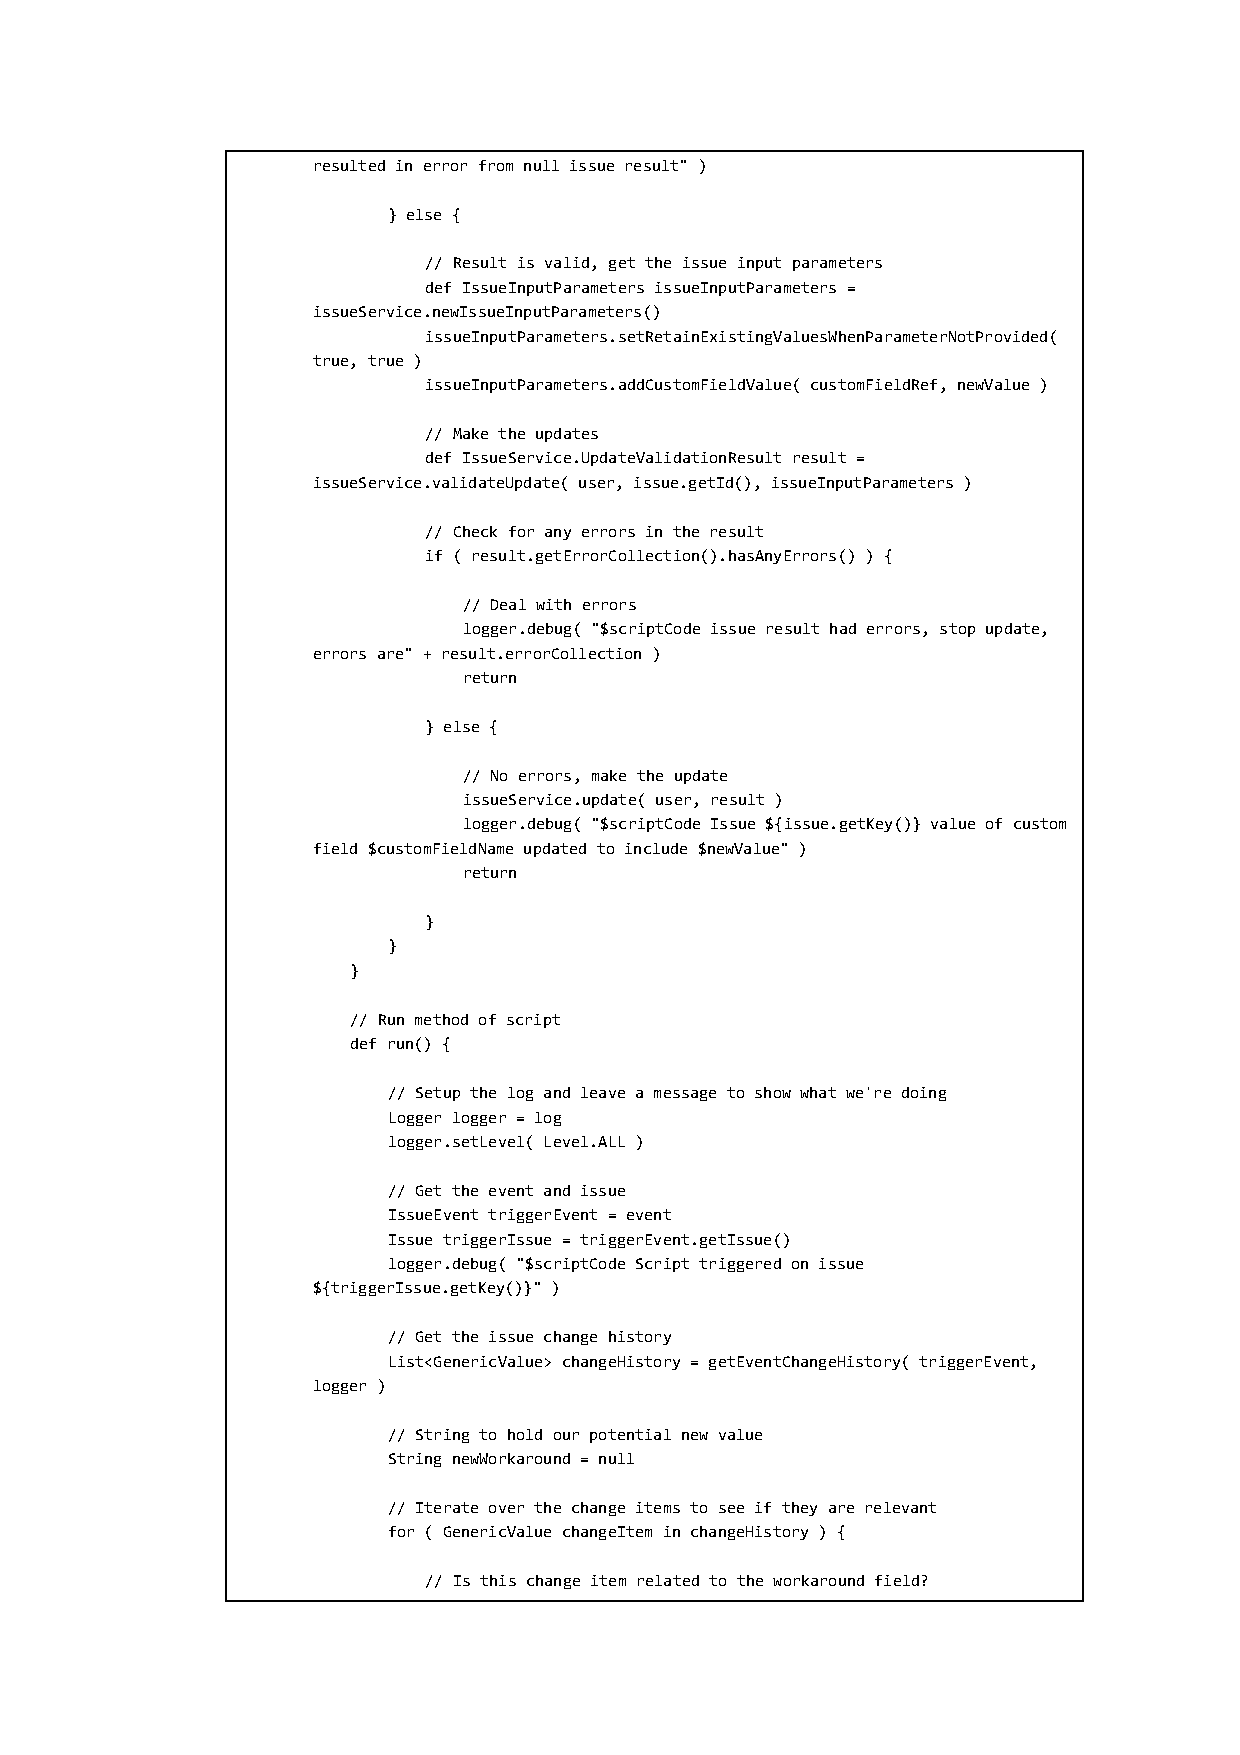
resulted in error from null issue result" )
 } else {
 // Result is valid, get the issue input parameters
 def IssueInputParameters issueInputParameters =
 issueService.newIssueInputParameters()
 issueInputParameters.setRetainExistingValuesWhenParameterNotProvided(
 true, true )
 issueInputParameters.addCustomFieldValue( customFieldRef, newValue )
 // Make the updates
 def IssueService.UpdateValidationResult result =
 issueService.validateUpdate( user, issue.getId(), issueInputParameters )
 // Check for any errors in the result
 if ( result.getErrorCollection().hasAnyErrors() ) {
 // Deal with errors
 logger.debug( "$scriptCode issue result had errors, stop update,
 errors are" + result.errorCollection )
 return
 } else {
 // No errors, make the update
 issueService.update( user, result )
 logger.debug( "$scriptCode Issue ${issue.getKey()} value of custom
 field $customFieldName updated to include $newValue" )
 return
 }
 }
 }
 // Run method of script
 def run() {
 // Setup the log and leave a message to show what we're doing
 Logger logger = log
 logger.setLevel( Level.ALL )
 // Get the event and issue
 IssueEvent triggerEvent = event
 Issue triggerIssue = triggerEvent.getIssue()
 logger.debug( "$scriptCode Script triggered on issue
 ${triggerIssue.getKey()}" )
 // Get the issue change history
 List<GenericValue> changeHistory = getEventChangeHistory( triggerEvent,
 logger )
 // String to hold our potential new value
 String newWorkaround = null
 // Iterate over the change items to see if they are relevant
 for ( GenericValue changeItem in changeHistory ) {
 // Is this change item related to the workaround field?